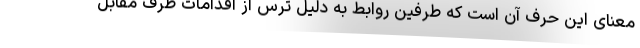
معنای این حرف آن است که طرفین روابط به دلیل ترس از اقدامات طرف مقابل